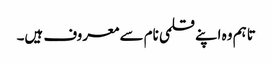
تاہم وہ اپنے قلمی نام سے معروف ہیں۔